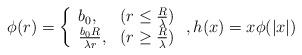
LaTeX: \begin{align*}\phi(r)= \left\{\begin{array}{ll}b_0 , &(r \leq \frac{R}{\lambda}) \\\frac{b_0 R}{\lambda r} , &( r \geq \frac{R}{\lambda})\end{array}\right., h(x)=x \phi(|x|)\end{align*}